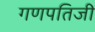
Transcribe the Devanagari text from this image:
गणपतिजी